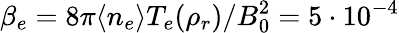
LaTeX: \beta_{e}=8\pi\langle n_{e}\rangle T_{e}(\rho_{r})/B_{0}^{2}=5\cdot 10^{-4}